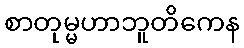
စာတုမ္မဟာဘူတိကေန